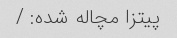
پیتزا مچاله شده: /